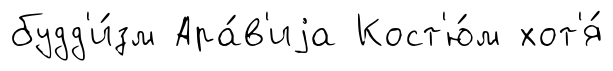
будд'и́зм Ара́в'иjа Кост'ю́м хот'я́